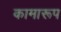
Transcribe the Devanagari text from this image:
कामारूप